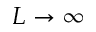
L \to \infty